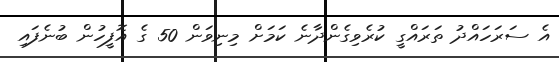
އެ ސަރަހައްދު ތަރައްގީ ކުރެވިގެންދާނެ ކަމަށް މިނިވަން 50 ގެ އޮފީހުން ބުނެފައި